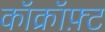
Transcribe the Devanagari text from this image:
कॉक्रॉफ़्ट